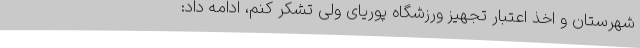
شهرستان و اخذ اعتبار تجهیز ورزشگاه پوریای ولی تشکر کنم، ادامه داد: